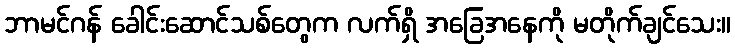
ဘာမင်ဂန် ခေါင်းဆောင်သစ်တွေက လက်ရှိ အခြေအနေကို မတိုက်ချင်သေး။